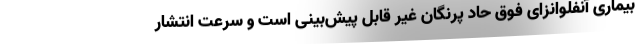
بیماری آنفلوانزای فوق حاد پرنگان غیر قابل پیش‌بینی است و سرعت انتشار